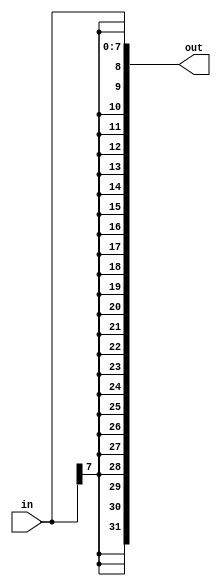
module top_module (
    input [7:0] in,
    output [31:0] out );//

  // assign out = { replicate-sign-bit , the-input };
  assign out={in[7],in[7],in[7],in[7],in[7],in[7],in[7],in[7],in[7],in[7],in[7],in[7],in[7],in[7],in[7],in[7],in[7],in[7],in[7],in[7],in[7],in[7],in[7],in[7],in[7],in[7],in[7],in[7],in[7],in[6],in[5],in[4],in[3],in[2],in[1],in[0]};
endmodule